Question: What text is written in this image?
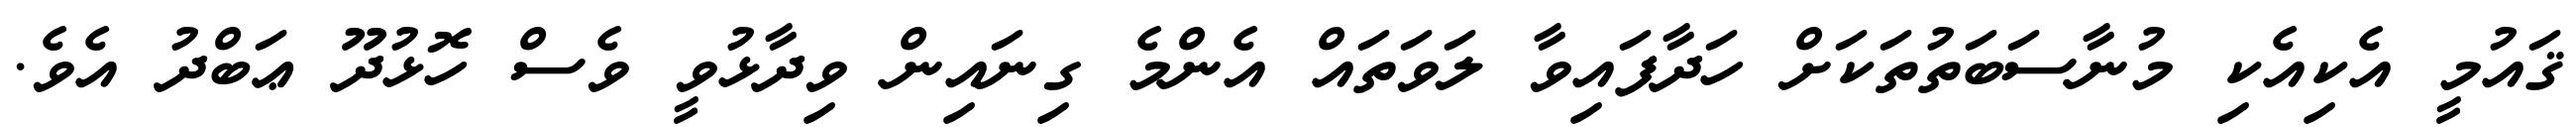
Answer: ޤައުމީ އެކިއެކި މުނާސަބަތުތަކަށް ހަދާފައިވާ ލަވަތައް އެންމެ ގިނައިން ވިދާޅުވީ ވެސް ހޮޅުދޫ ޢަބްދު އެވެ.